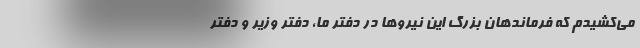
می‌کشیدم که فرماندهان بزرگ این نیروها در دفتر ما، دفتر وزیر و دفتر